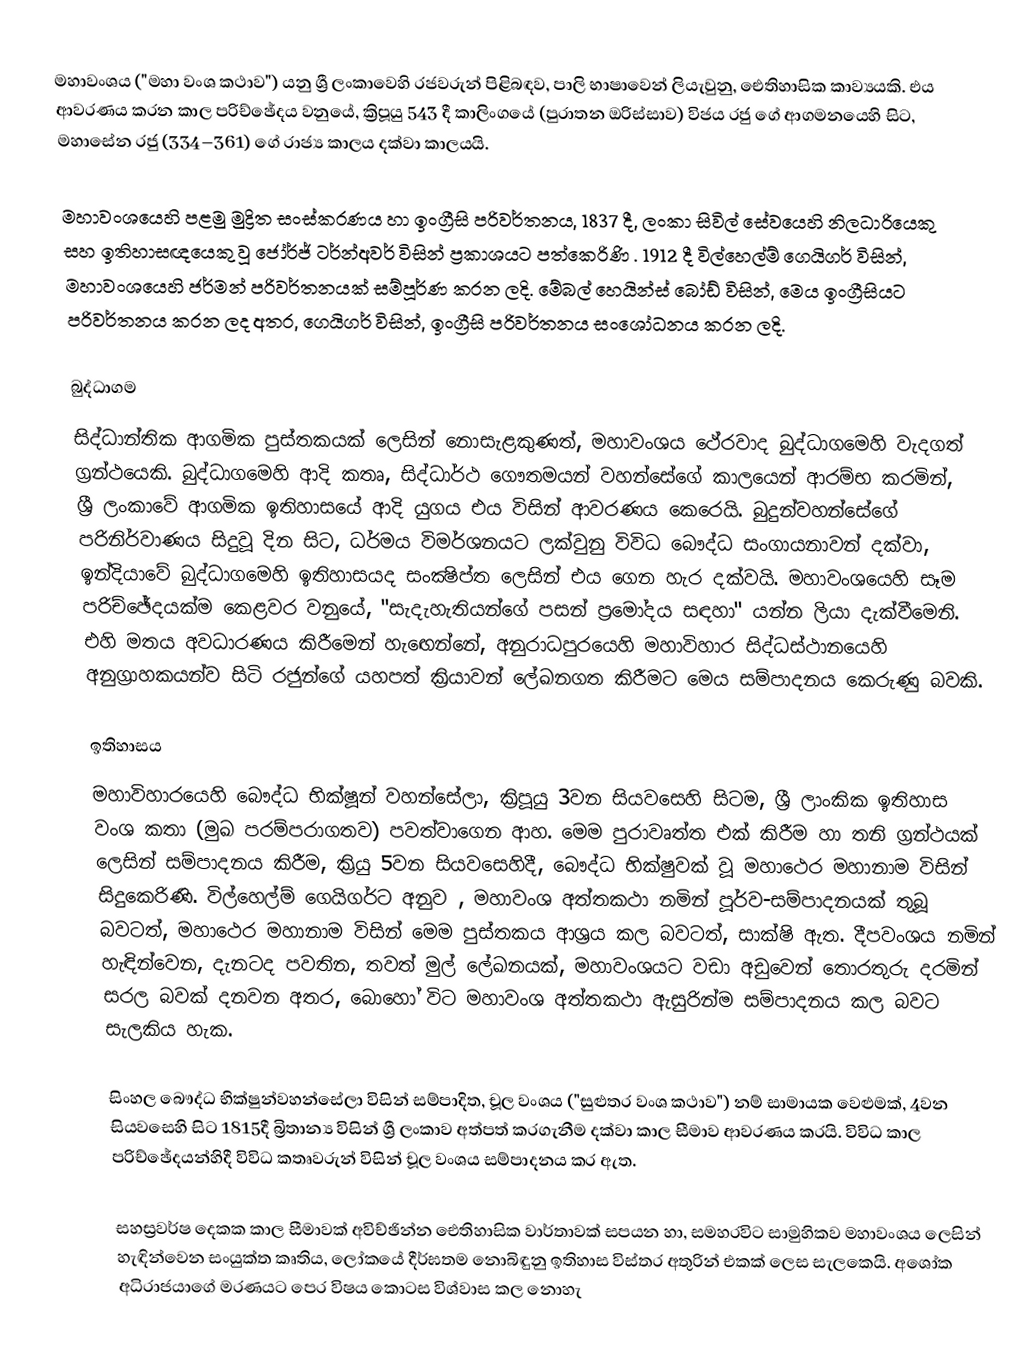
මහාවංශය ("මහා වංශ කථාව") යනු ශ්‍රී ලංකාවෙහි  රජවරුන් පිළිබඳව,   පාලි භාෂාවෙන් ලියැවුනු, ඓතිහාසික කාව්‍යයකි. එය ආවරණය කරන කාල පරිච්ඡේදය වනුයේ, ක්‍රිපූයු 543 දී කාලිංගයේ (පුරාතන ඔරිස්සාව)  විජය රජු ගේ ආගමනයෙහි සිට, මහාසේන රජු (334–361) ගේ රාජ්‍ය කාලය දක්වා කාලයයි.

මහාවංශයෙහි පළමු මුද්‍රිත සංස්කරණය හා ඉංග්‍රීසි පරිවර්තනය, 1837 දී,  ලංකා සිවිල් සේවයෙහි නිලධාරියෙකු සහ ඉතිහාසඥයෙකු වූ ජෝර්ජ් ටර්න්අවර් විසින් ප්‍රකාශයට පත්කෙරිණි . 1912 දී විල්හෙල්ම් ගෙයිගර් විසින්, මහාවංශයෙහි  ජර්මන් පරිවර්තනයක් සම්පූර්ණ කරන ලදි. මේබල් හෙයින්ස් බෝඩ් විසින්, මෙය ඉංග්‍රීසියට පරිවර්තනය කරන ලද අතර, ගෙයිගර් විසින්,  ඉංග්‍රීසි පරිවර්තනය සංශෝධනය කරන ලදි.

බුද්ධාගම
සිද්ධාන්තික ආගමික පුස්තකයක් ලෙසින් නොසැළකුණත්, මහාවංශය ථේරවාද බුද්ධාගමෙහි වැදගත් ග්‍රන්ථයෙකි.  බුද්ධාගමෙහි ආදි කතෘ, සිද්ධාර්ථ ගෞතමයන් වහන්සේගේ කාලයෙන් ආරම්භ කරමින්, ශ්‍රී  ලංකාවේ ආගමික ඉතිහාසයේ ආදි යුගය එය විසින් ආවරණය කෙරෙයි. බුදුන්වහන්සේගේ පරිනිර්වාණය සිදුවූ දින සිට, ධර්මය විමර්ශනයට ලක්වුනු විවිධ බෞද්ධ සංගායනාවන් දක්වා,  ඉන්දියාවේ  බුද්ධාගමෙහි ඉතිහාසයද සංක්‍ෂිප්ත ලෙසින් එය ගෙන හැර දක්වයි. මහාවංශයෙහි සෑම පරිච්ඡේදයක්ම කෙළවර වනුයේ, "සැදැහැතියන්ගේ පසන් ප්‍රමෝදය සඳහා" යන්න ලියා දැක්වීමෙනි. එහි මතය අවධාරණය කිරීමෙන් හැ‍‍ඟෙන්නේ, අනුරාධපුරයෙහි මහාවිහාර සිද්ධස්ථානයෙහි  අනුග්‍රාහකයන්ව සිටි රජුන්ගේ යහපත් ක්‍රියාවන් ලේඛනගත කිරීමට මෙය සම්පාදනය කෙරුණු බවකි.

ඉතිහාසය
මහාවිහාරයෙහි බෞද්ධ භික්ෂූන් වහන්සේලා, ක්‍රිපූයු 3වන සියවසෙහි සිටම, ශ්‍රී ලාංකික ඉතිහාස වංශ කතා (මුඛ පරම්පරාගතව) පවත්වාගෙන ආහ. මෙම පුරාවෘත්ත එක් කිරීම හා තනි ග්‍රන්ථයක් ලෙසින්  සම්පාදනය කිරීම, ක්‍රියු 5වන සියවසෙහිදී, බෞද්ධ භික්ෂුවක් වූ මහාථෙර  මහානාම විසින් සිදුකෙරිණි. විල්හෙල්ම් ගෙයිගර්ට අනුව , මහාවංශ අත්තකථා නමින් පූර්ව-සම්පාදනයක් තුබූ බවටත්,  මහාථෙර මහානාම විසින් මෙම පුස්තකය ආශ්‍රය කල බවටත්,   සාක්ෂි  ඇත.  දීපවංශය නමින් හැඳින්වෙන, දැනටද පවතින, තවත් මුල් ලේඛනයක්, මහාවංශයට වඩා අඩුවෙන් තොරතුරු දරමින් සරල බවක් දනවන අතර, බොහෝ විට මහාවංශ අත්තකථා ඇසුරින්ම සම්පාදනය කල බවට සැලකිය හැක.

සිංහල බෞද්ධ  භික්ෂුන්වහන්සේලා විසින් සම්පාදිත, චූල වංශය ("සුළුතර වංශ කථාව") නම් සාමායක වෙළුමක්, 4වන සියවසෙහි සිට  1815දී   බ්‍රිතාන්‍ය විසින් ශ්‍රී ලංකාව අත්පත් කරගැනීම දක්වා කාල සීමාව ආවරණය  කරයි. විවිධ කාල පරිච්ඡේදයන්හිදී විවිධ කතෘවරුන් විසින් චූල වංශය සම්පාදනය කර ඇත.

සහස්‍රවර්ෂ දෙකක කාල සීමාවක් අවිච්ඡින්න ඓතිහාසික වාර්තාවක් සපයන හා, සමහරවිට සාමුහිකව මහාවංශය ලෙසින් හැඳින්වෙන සංයුක්ත කෘතිය, ලෝකයේ දීර්ඝතම නොබිඳුනු ඉතිහාස විස්තර අතුරින් එකක් ලෙස සැලකෙයි. අශෝක අධිරාජයාගේ මරණයට පෙර විෂය කොටස විශ්වාස කල නොහැ